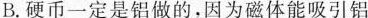
B.硬币一定是铝做的，因为磁体能吸引铝